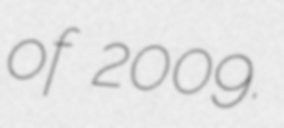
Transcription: of 2009.